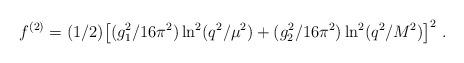
LaTeX: \begin{align*}f^{(2)} = (1/2)\big[(g_1^2/16 \pi^2) \ln^2(q^2/ \mu^2) + (g_2^2/16 \pi^2) \ln^2(q^2/ M^2) \big]^2~.\end{align*}